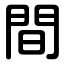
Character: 間